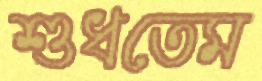
শুধতেম